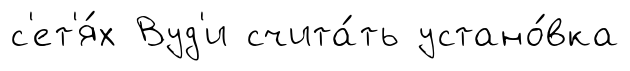
с'ет'я́х Вуд'и счита́ть устано́вка